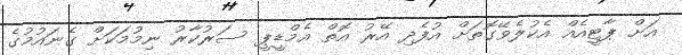
އަށް ޕާޓީއެއް އެކުލެވޭގޮތަށް އުފެދި އޭރު އޮތް އެމްޑީޕީ ސަރުކާރު ނިމުމަކަށް ގެނައުމުގެ